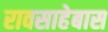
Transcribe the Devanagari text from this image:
रावसाहेबास